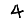
Digit: 4